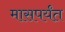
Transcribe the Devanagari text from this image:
मासपर्यंत